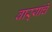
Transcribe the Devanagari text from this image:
वाऱ्यांचे